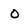
Character: O